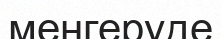
меңгеруде